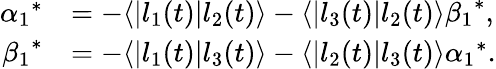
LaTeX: \begin{array}{rl}{{\alpha_{1}}^{\ast}}&{=-\langle|l_{1}(t)|l_{2}(t)\rangle-\langle|l_{3}(t)|l_{2}(t)\rangle{\beta_{1}}^{\ast},}\\ {{\beta_{1}}^{\ast}}&{=-\langle|l_{1}(t)|l_{3}(t)\rangle-\langle|l_{2}(t)|l_{3}(t)\rangle{\alpha_{1}}^{\ast}.}\end{array}